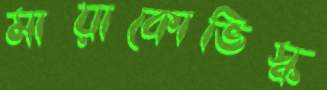
মায়াকোভিস্ক